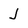
Character: j